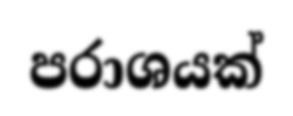
පරාශයක්